Indian Civil Veterinary Department memoirs
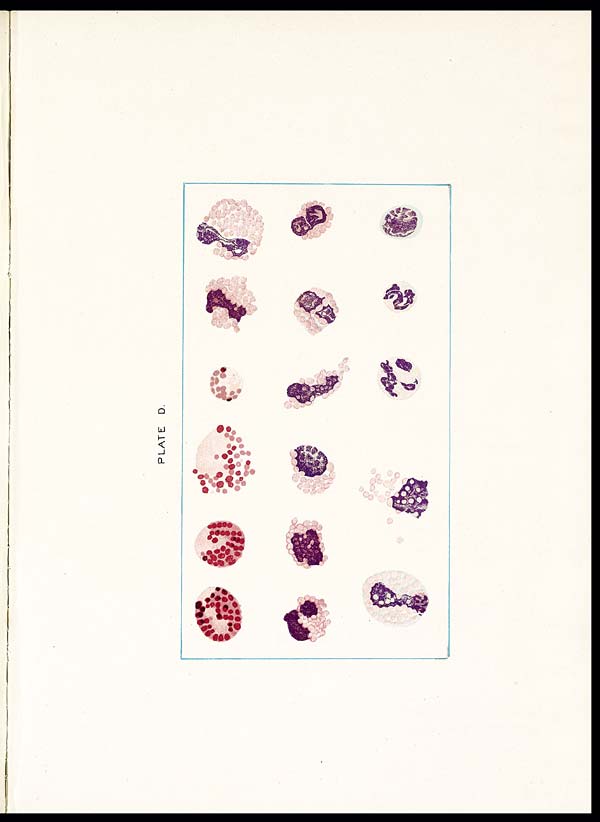
PLATE D.